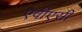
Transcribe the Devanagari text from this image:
एवीएसी